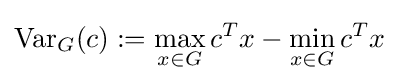
{\text{Var}}_{G}(c):=\max _{x\in G}c^{T}x-\min _{x\in G}c^{T}x